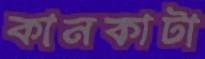
কানকাটা